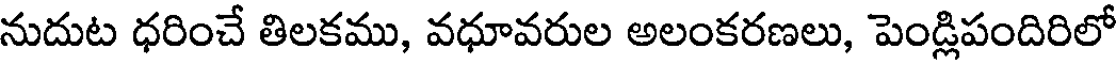
నుదుట ధరించే తిలకము, వధూవరుల అలంకరణలు, పెండ్లిపందిరిలో